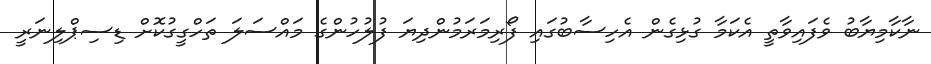
ނާކާމިޔާބު ވެފައިވާތީ އެކަމާ ގުޅިގެން އެހިސާބުގައި ފޯރިމަރަމުންދިޔަ ފުލުހުންގެ މައްސަލަ ތަހްގީގުކޮށް ޑިސިޕްލިނަރީ